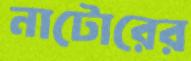
নাটোরের